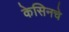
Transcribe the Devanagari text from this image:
केसिनचे